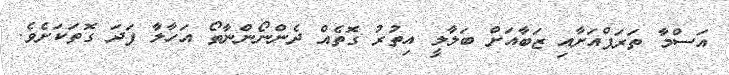
އަސްމާ ތަރަފްއަށާއި ޒަބާއަށް ބަލާލީ އިތުރު ގޮތެއް ދެންނޯންނާތޯ އަހާލާ ފަދަ ގޮތަކަށެވެ.